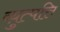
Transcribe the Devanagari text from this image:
व्य़ुत्पत्ति